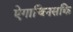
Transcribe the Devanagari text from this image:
ऐगाचिनसकि